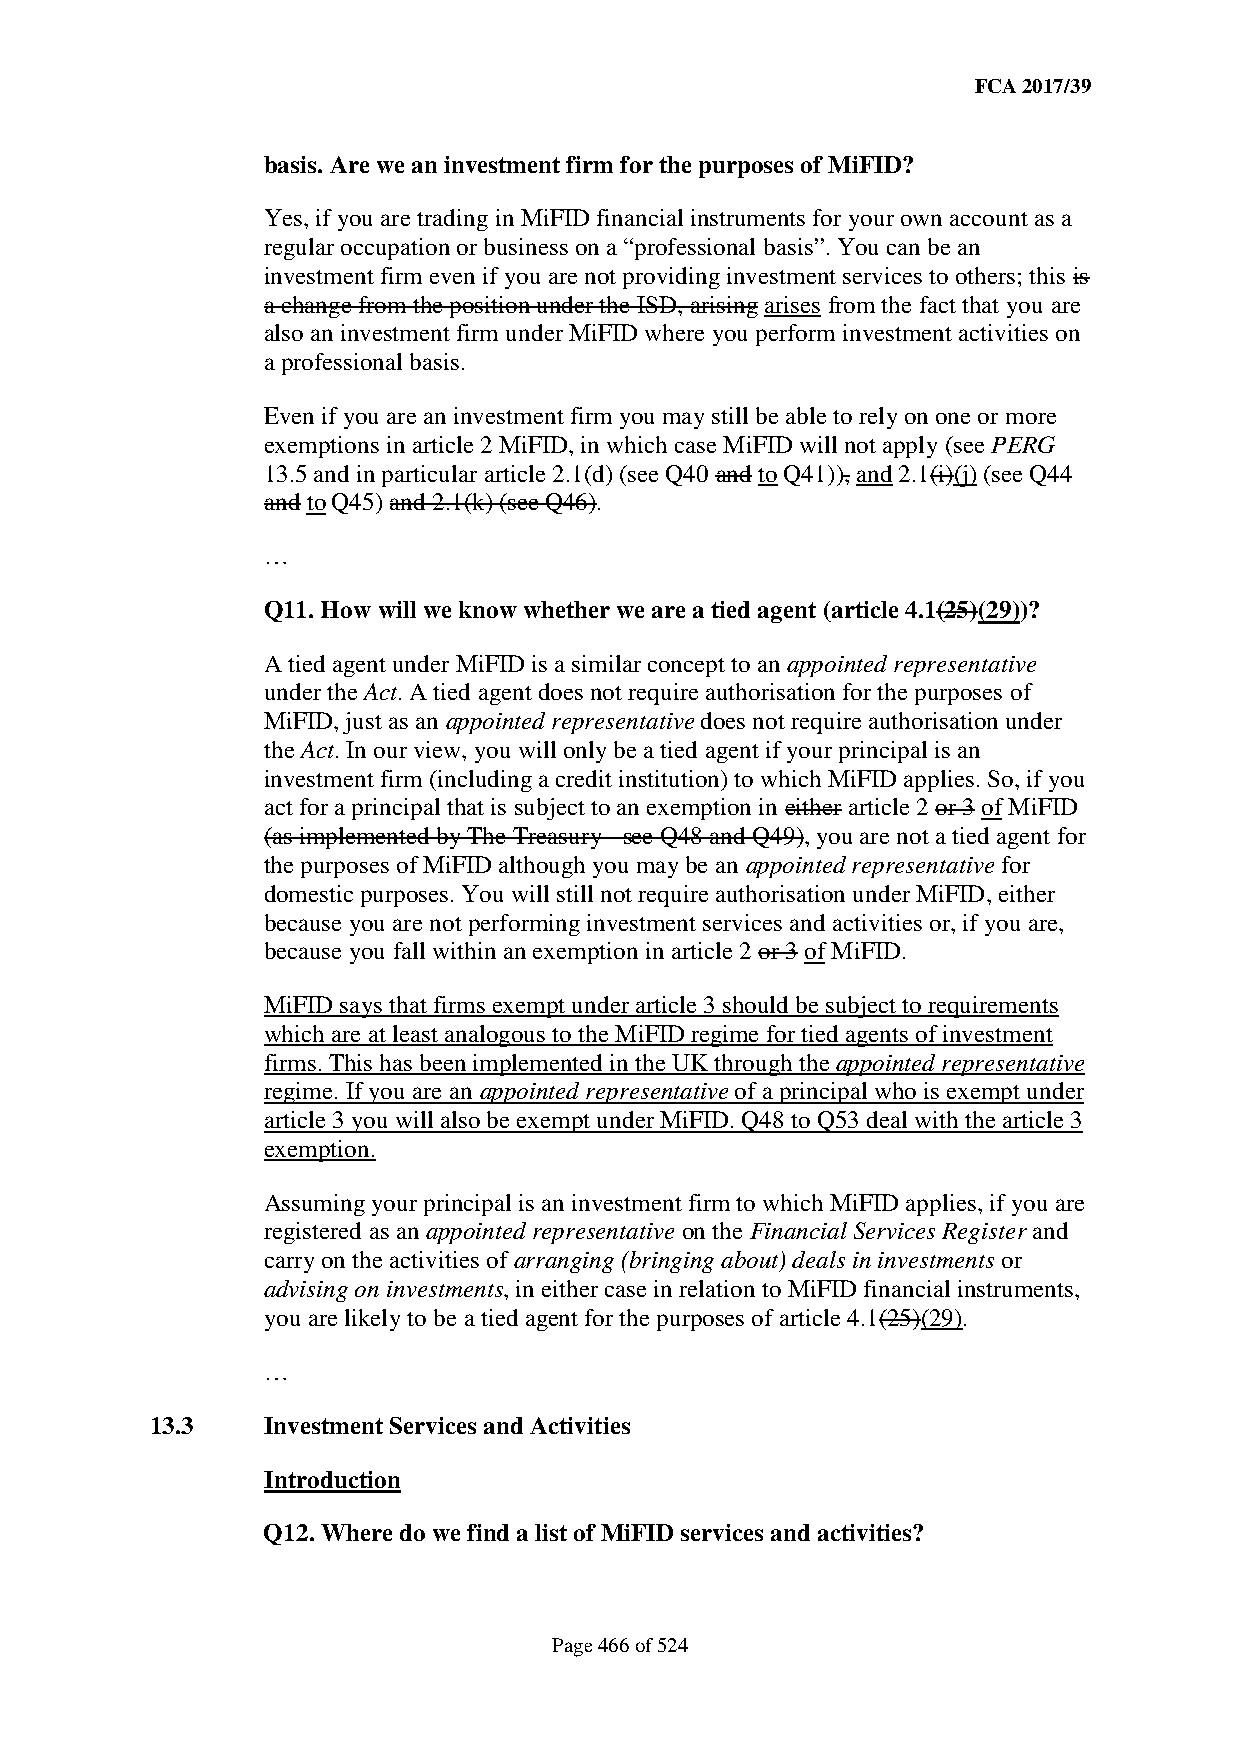
FCA 2017/39
 basis. Are we an investment firm for the purposes of MiFID?
 Yes, if you are trading in MiFID financial instruments for your own account as a
 regular occupation or business on a “professional basis”. You can be an
 investment firm even if you are not providing investment services to others; this is
 a change from the position under the ISD, arising arises from the fact that you are
 also an investment firm under MiFID where you perform investment activities on
 a professional basis.
 Even if you are an investment firm you may still be able to rely on one or more
 exemptions in article 2 MiFID, in which case MiFID will not apply (see PERG
 13.5 and in particular article 2.1(d) (see Q40 and to Q41)), and 2.1(i)(j) (see Q44
 and to Q45) and 2.1(k) (see Q46).
 …
 Q11. How will we know whether we are a tied agent (article 4.1(25)(29))?
 A tied agent under MiFID is a similar concept to an appointed representative
 under the Act. A tied agent does not require authorisation for the purposes of
 MiFID, just as an appointed representative does not require authorisation under
 the Act. In our view, you will only be a tied agent if your principal is an
 investment firm (including a credit institution) to which MiFID applies. So, if you
 act for a principal that is subject to an exemption in either article 2 or 3 of MiFID
 (as implemented by The Treasury - see Q48 and Q49), you are not a tied agent for
 the purposes of MiFID although you may be an appointed representative for
 domestic purposes. You will still not require authorisation under MiFID, either
 because you are not performing investment services and activities or, if you are,
 because you fall within an exemption in article 2 or 3 of MiFID.
 MiFID says that firms exempt under article 3 should be subject to requirements
 which are at least analogous to the MiFID regime for tied agents of investment
 firms. This has been implemented in the UK through the appointed representative
 regime. If you are an appointed representative of a principal who is exempt under
 article 3 you will also be exempt under MiFID. Q48 to Q53 deal with the article 3
 exemption.
 Assuming your principal is an investment firm to which MiFID applies, if you are
 registered as an appointed representative on the Financial Services Register and
 carry on the activities of arranging (bringing about) deals in investments or
 advising on investments, in either case in relation to MiFID financial instruments,
 you are likely to be a tied agent for the purposes of article 4.1(25)(29).
 …
 13.3   Investment Services and Activities
 Introduction
 Q12. Where do we find a list of MiFID services and activities?
 Page 466 of 524